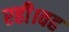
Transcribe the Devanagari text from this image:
रही।वह